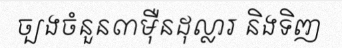
ច្បងចំនួន៣ម៉ឺនដុល្លារ និងទិញ